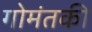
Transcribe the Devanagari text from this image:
गोमंतकी